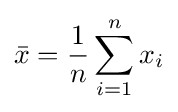
{\bar {x}}={\frac {1}{n}}\sum _{i=1}^{n}x_{i}